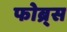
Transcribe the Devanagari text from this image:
फोब्र्स